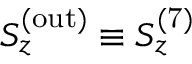
S _ { z } ^ { ( \mathrm { o u t } ) } \equiv S _ { z } ^ { ( \mathrm { 7 } ) }